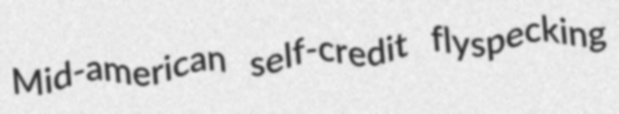
Mid-american self-credit flyspecking